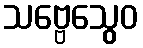
သဗ္ဗေသွေဝ